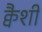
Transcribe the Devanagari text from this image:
क्वैशी